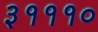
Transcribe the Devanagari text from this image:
३१११०